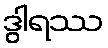
ဒွါရဿ